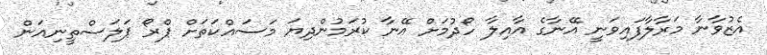
އެޒުވާނާ މަރާލާފައިވަނީ އޭނާގެ އާއިލާ ހޯދުމަށް އޭނާ ކުރަމުންދިޔަ މަސައްކަތަށް ޕްރޯ ޕަލަސްތީނިއަން